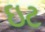
ઇટ